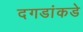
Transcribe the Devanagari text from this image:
दगडांकडे